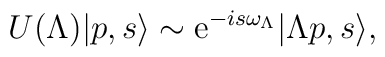
U(\Lambda )|p,s\rangle \sim {\rm e}^{-is \omega_{\Lambda}} |\Lambda p, s\rangle ,